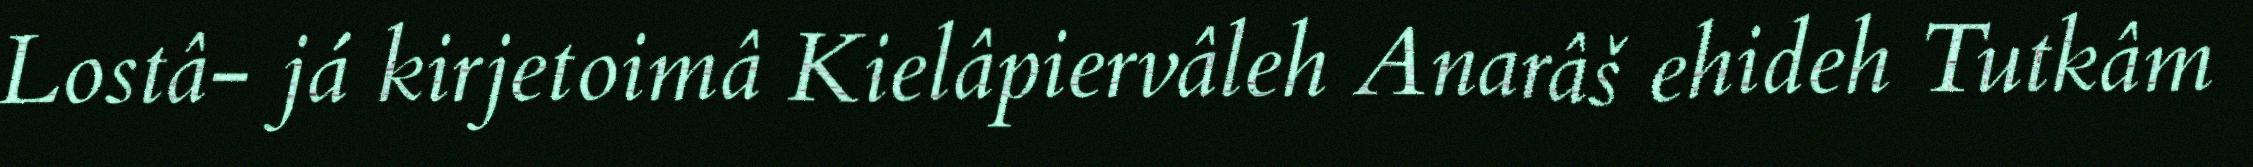
Lostâ- já kirjetoimâ Kielâpiervâleh Anarâš ehideh Tutkâm